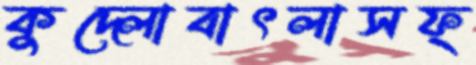
কুদ্‌লোবাৎলাসফ্